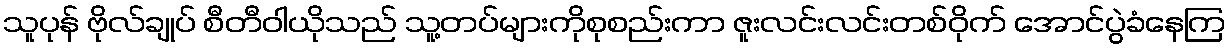
သူပုန် ဗိုလ်ချုပ် စီတီဝါယိုသည် သူ့တပ်များကိုစုစည်းကာ ဇူးလင်းလင်းတစ်ဝိုက် အောင်ပွဲခံနေကြ